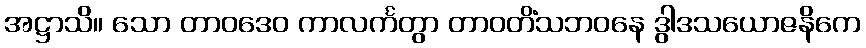
အဋ္ဌာသိ။ သော တာဝဒေဝ ကာလင်္ကတွာ တာဝတိံသဘဝနေ ဒွါဒသယောဇနိကေ